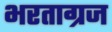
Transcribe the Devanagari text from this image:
भरताग्रज